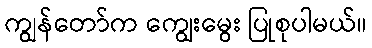
ကျွန်တော်က ကျွေးမွေး ပြုစုပါမယ်။